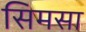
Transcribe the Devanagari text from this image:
सिमसा